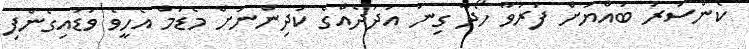
ކެންސަރު ބައްޔަށް ފަރުވާ ހޯދާ ގިނަ އަދަދެއްގެ ކުދިންނަށް މެޑަމް އެހީވެ ވަޑައިގެންފި